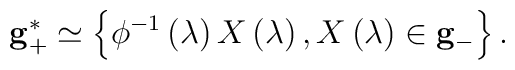
{\bf g}_{+}^{*}\simeq \left\{ \phi ^{-1}\left( \lambda \right)X\left( \lambda \right) ,X\left( \lambda \right) \in {\bf g}_{-}\right\} .